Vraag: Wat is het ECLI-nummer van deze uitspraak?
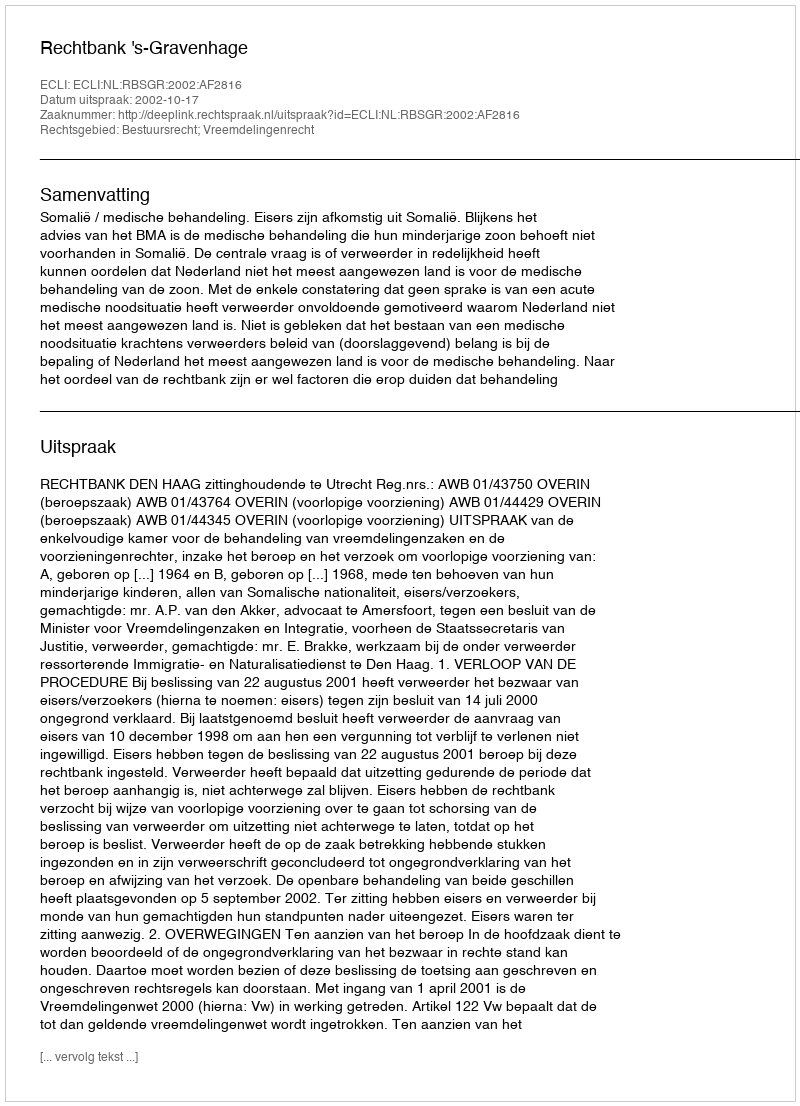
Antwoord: ECLI:NL:RBSGR:2002:AF2816